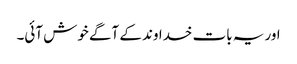
اور یہ بات خداوند کے آگے خوش آئی۔